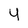
Character: 4